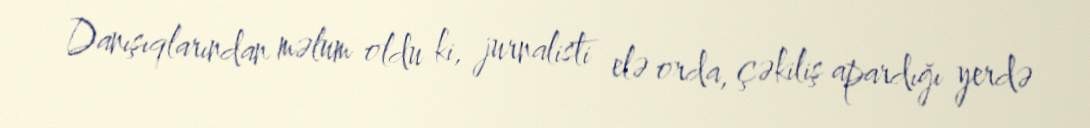
Danışıqlarından məlum oldu ki, jurnalisti elə orda, çəkiliş apardığı yerdə